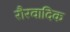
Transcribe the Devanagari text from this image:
रौरवादिक